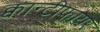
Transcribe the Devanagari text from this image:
क्वान्टीफायर